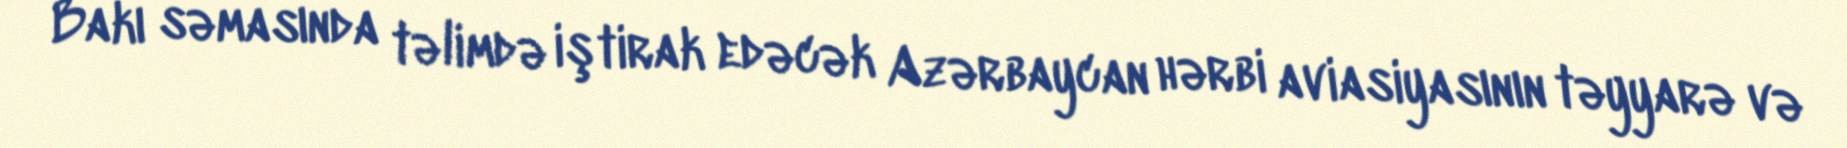
Bakı səmasında təlimdə iştirak edəcək Azərbaycan hərbi aviasiyasının təyyarə və